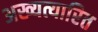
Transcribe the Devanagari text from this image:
अख्यत्यारित